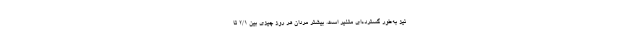
نیز به‌طور گسترده‌ای متغیر است. بیشترِ مردان هر روز چیزی بین ۲/۱ تا